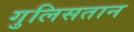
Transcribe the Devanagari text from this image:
गुलिसतान